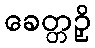
ခေတ္တဉှိ